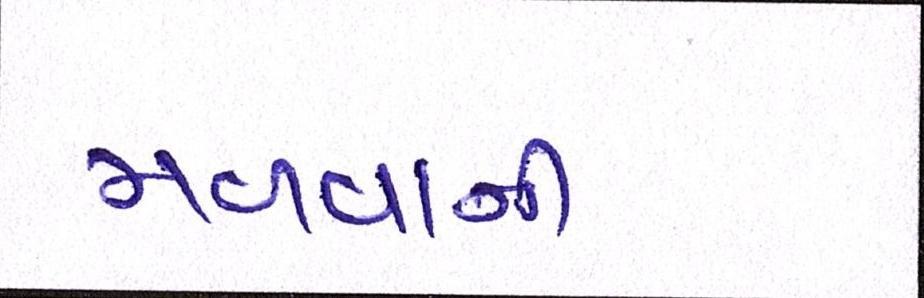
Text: મળવાની